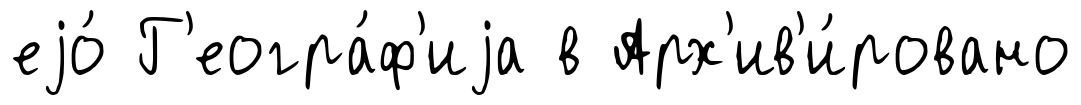
еjо́ Г'еогра́ф'иjа в Арх'ив'и́ровано